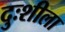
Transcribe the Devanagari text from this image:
दुःशीला